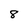
Character: 8